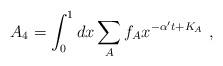
LaTeX: \begin{align*}A_{4}=\int^{1}_{0} dx \sum_{A} f_{A}x^{-\alpha^{\prime}t+K_{A}}~,\end{align*}